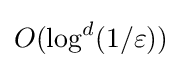
O(\log ^{d}(1/\varepsilon ))